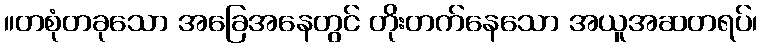
။တစုံတခုသော အခြေအနေတွင် တိုးတက်နေသော အယူအဆတရပ်၊